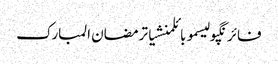
فائرنگپولیسموبائلمنشیاترمضان المبارک